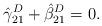
\begin{align*}\hat\gamma_{21}^D + \hat\beta_{21}^D = 0.\end{align*}